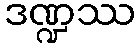
ဒဏ္ဍဿ